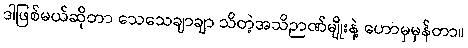
ဒါဖြစ်မယ်ဆိုတာ သေသေချာချာ သိတဲ့အသိဉာဏ်မျိုးနဲ့ ဟောမှမှန်တာ။